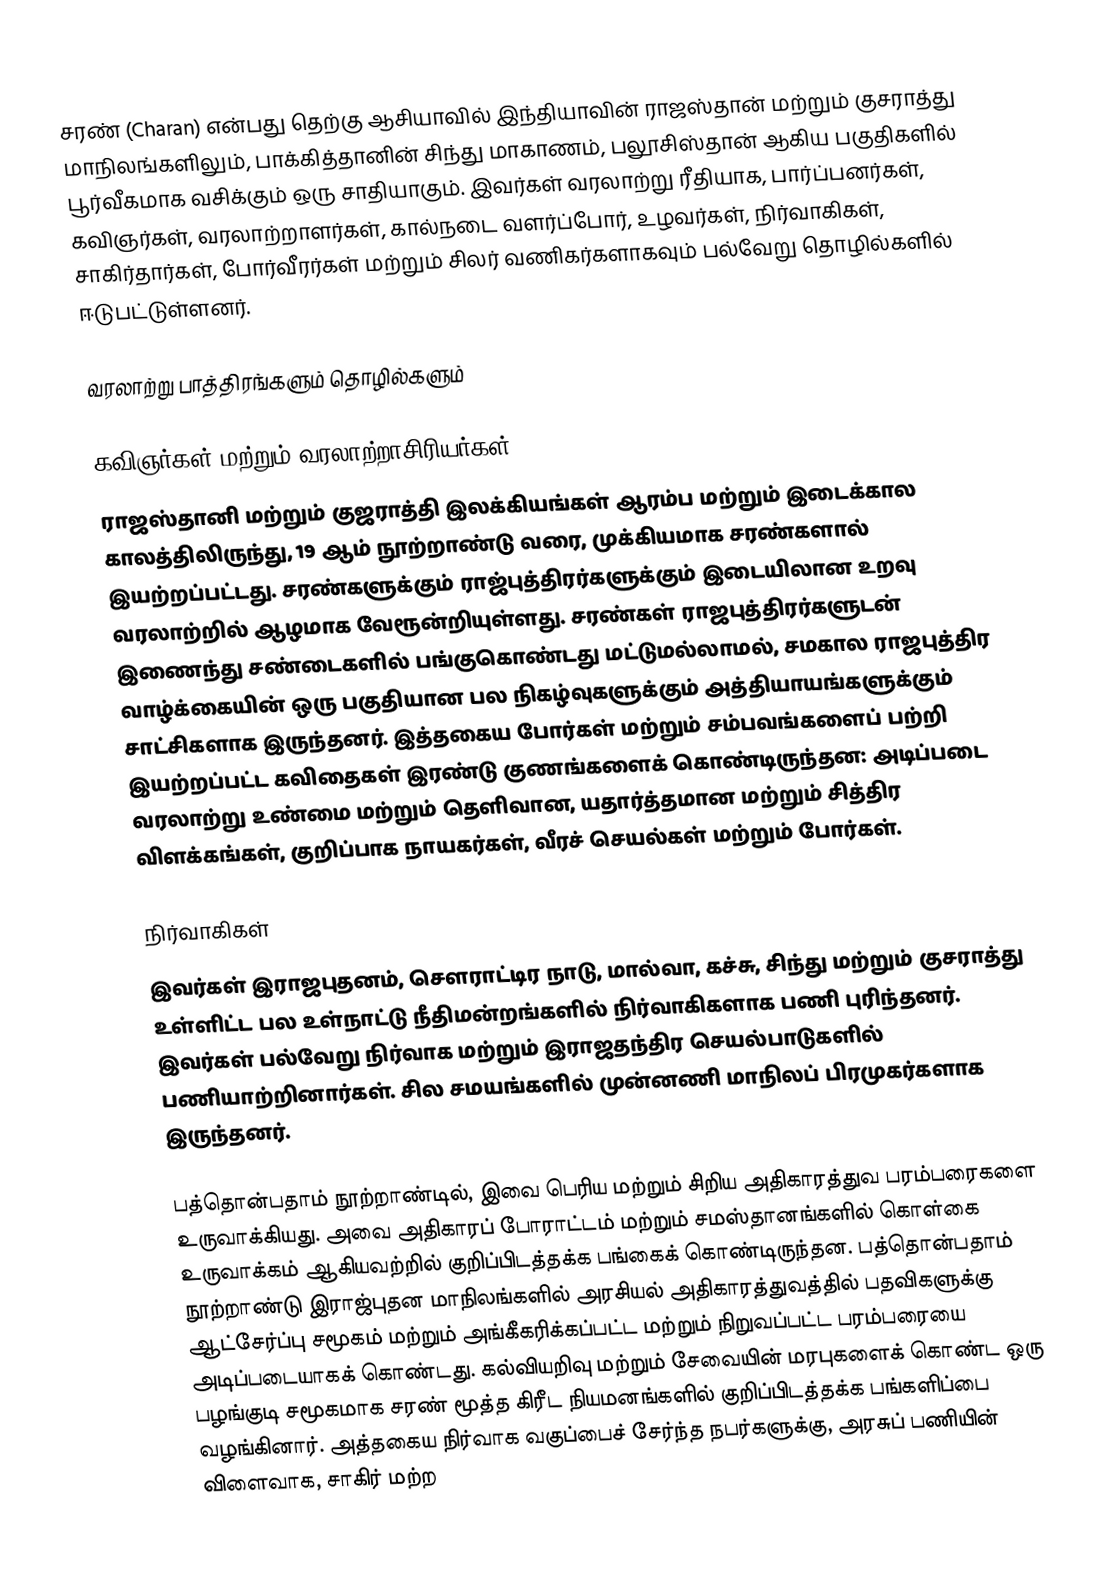
சரண் (Charan) என்பது தெற்கு ஆசியாவில்  இந்தியாவின் ராஜஸ்தான் மற்றும் குசராத்து மாநிலங்களிலும், பாக்கித்தானின் சிந்து மாகாணம், பலூசிஸ்தான் ஆகிய பகுதிகளில் பூர்வீகமாக வசிக்கும் ஒரு சாதியாகும். இவர்கள் வரலாற்று ரீதியாக, பார்ப்பனர்கள், கவிஞர்கள், வரலாற்றாளர்கள், கால்நடை வளர்ப்போர், உழவர்கள், நிர்வாகிகள், சாகிர்தார்கள், போர்வீரர்கள் மற்றும் சிலர் வணிகர்களாகவும் பல்வேறு தொழில்களில் ஈடுபட்டுள்ளனர்.

வரலாற்று பாத்திரங்களும் தொழில்களும்

கவிஞர்கள் மற்றும் வரலாற்றாசிரியர்கள்
ராஜஸ்தானி மற்றும் குஜராத்தி இலக்கியங்கள் ஆரம்ப மற்றும் இடைக்கால காலத்திலிருந்து, 19 ஆம் நூற்றாண்டு வரை, முக்கியமாக சரண்களால் இயற்றப்பட்டது. சரண்களுக்கும் ராஜ்புத்திரர்களுக்கும் இடையிலான உறவு வரலாற்றில் ஆழமாக வேரூன்றியுள்ளது. சரண்கள் ராஜபுத்திரர்களுடன் இணைந்து சண்டைகளில் பங்குகொண்டது மட்டுமல்லாமல், சமகால ராஜபுத்திர வாழ்க்கையின் ஒரு பகுதியான பல நிகழ்வுகளுக்கும் அத்தியாயங்களுக்கும் சாட்சிகளாக இருந்தனர். இத்தகைய போர்கள் மற்றும் சம்பவங்களைப் பற்றி இயற்றப்பட்ட கவிதைகள் இரண்டு குணங்களைக் கொண்டிருந்தன: அடிப்படை வரலாற்று உண்மை மற்றும் தெளிவான, யதார்த்தமான மற்றும் சித்திர விளக்கங்கள், குறிப்பாக நாயகர்கள், வீரச் செயல்கள் மற்றும் போர்கள்.

நிர்வாகிகள்
இவர்கள் இராஜபுதனம், சௌராட்டிர நாடு, மால்வா, கச்சு, சிந்து மற்றும் குசராத்து உள்ளிட்ட பல உள்நாட்டு நீதிமன்றங்களில் நிர்வாகிகளாக பணி புரிந்தனர். இவர்கள் பல்வேறு நிர்வாக மற்றும் இராஜதந்திர செயல்பாடுகளில் பணியாற்றினார்கள். சில சமயங்களில் முன்னணி மாநிலப் பிரமுகர்களாக இருந்தனர்.

பத்தொன்பதாம் நூற்றாண்டில், இவை பெரிய மற்றும் சிறிய அதிகாரத்துவ பரம்பரைகளை உருவாக்கியது. அவை அதிகாரப் போராட்டம் மற்றும் சமஸ்தானங்களில் கொள்கை உருவாக்கம் ஆகியவற்றில் குறிப்பிடத்தக்க பங்கைக் கொண்டிருந்தன. பத்தொன்பதாம் நூற்றாண்டு இராஜ்புதன மாநிலங்களில் அரசியல் அதிகாரத்துவத்தில் பதவிகளுக்கு ஆட்சேர்ப்பு சமூகம் மற்றும் அங்கீகரிக்கப்பட்ட மற்றும் நிறுவப்பட்ட பரம்பரையை அடிப்படையாகக் கொண்டது. கல்வியறிவு மற்றும் சேவையின் மரபுகளைக் கொண்ட ஒரு பழங்குடி சமூகமாக சரண் மூத்த கிரீட நியமனங்களில் குறிப்பிடத்தக்க பங்களிப்பை வழங்கினார். அத்தகைய நிர்வாக வகுப்பைச் சேர்ந்த நபர்களுக்கு, அரசுப் பணியின் விளைவாக, சாகிர் மற்ற